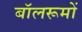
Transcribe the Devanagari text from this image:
बॉलरूमों